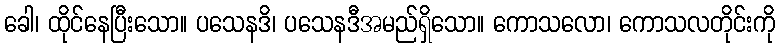
ခေါ၊ ထိုင်နေပြီးသော။ ပသေနဒိ၊ ပသေနဒီအမည်ရှိသော။ ကောသလော၊ ကောသလတိုင်းကို